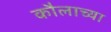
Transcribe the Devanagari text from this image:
कौलाच्या